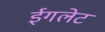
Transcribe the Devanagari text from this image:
ईगलेट